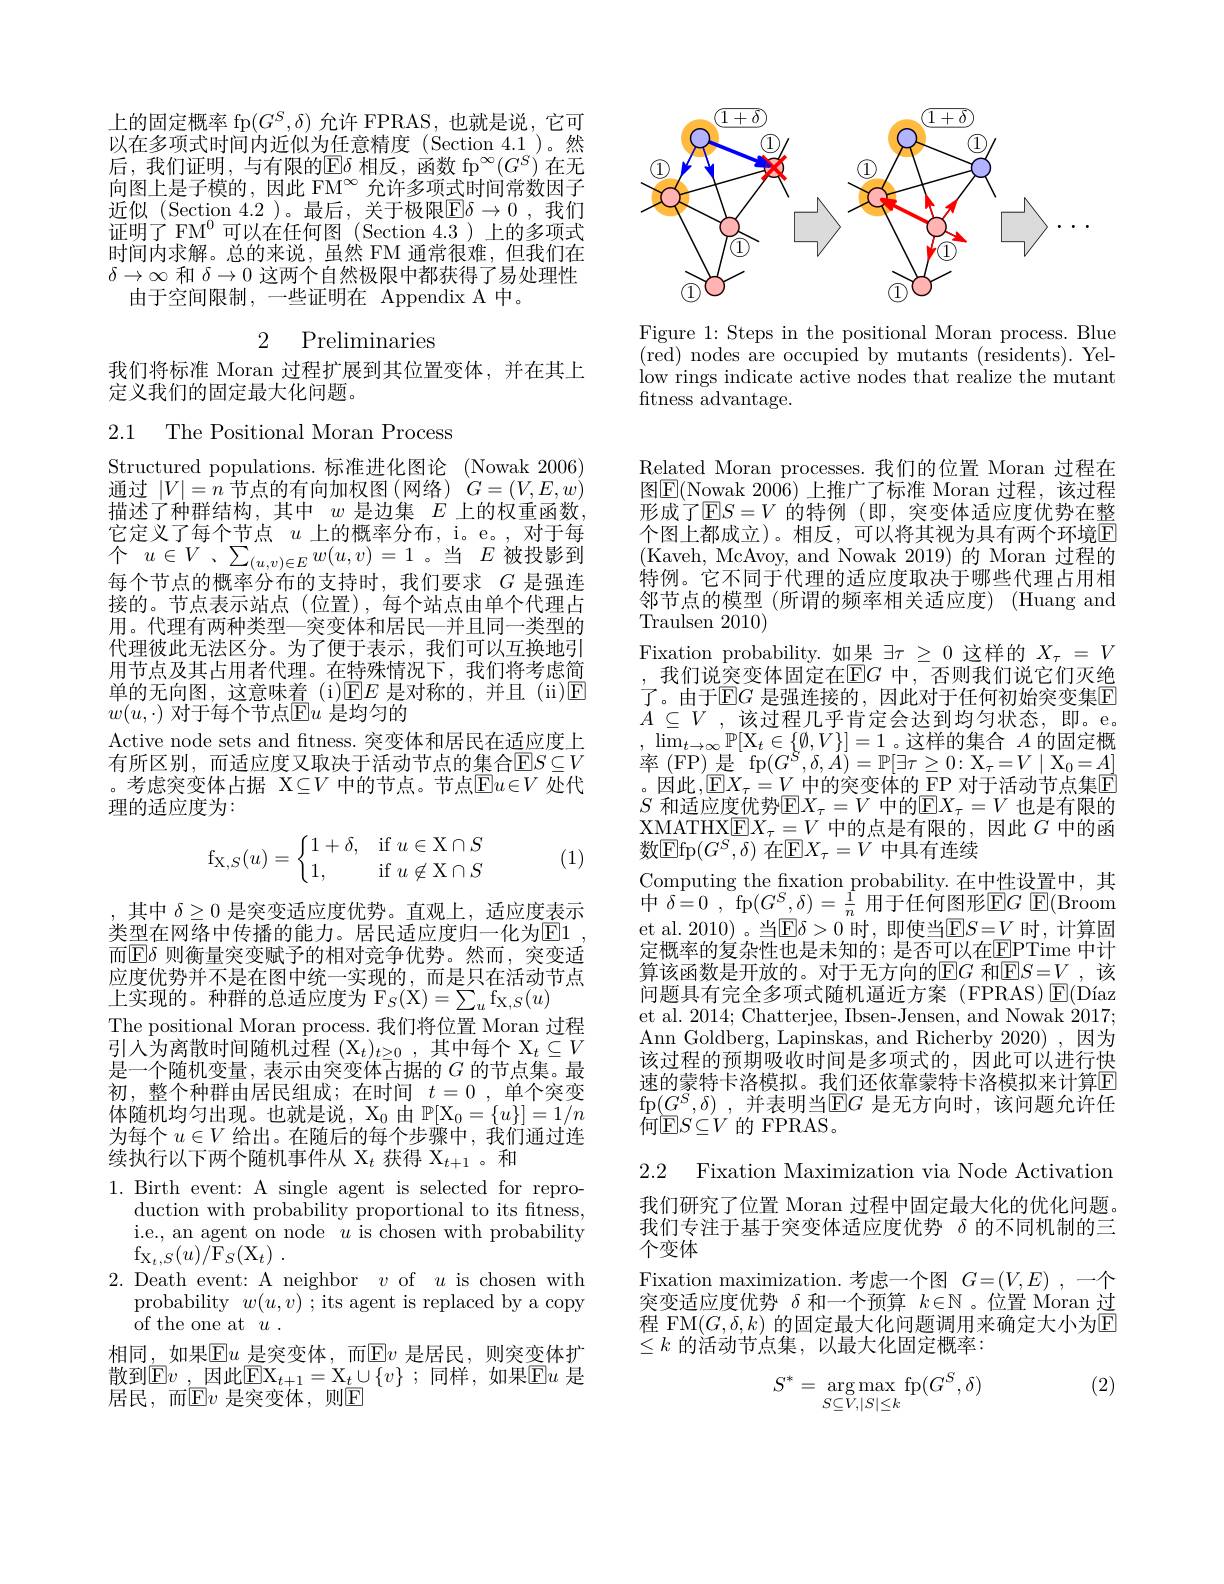
上的固定概率 fp$(G^S,\delta)$允许 FPRAS,也就是说，它可以在多项式时间内近似为任意精度(Section 4.1)。然后，我们证明，与有限的$\operatorname{E\delta}\text{相反，函数 fp}^\infty(G^S)$在无向图上是子模的，因此 FM$^{\infty}$允许多项式时间常数因子近似 (Section 4.2 )。最后，关于极限$\overline{\mathrm{E}}\delta\to0$ ,我们证明了 FM$^{0}$可以在任何图(Section 4.3)上的多项式时间内求解。总的来说，虽然 FM 通常很难，但我们在$\delta\to\infty$和$\delta\to0$这两个自然极限中都获得了易处理性
由于空间限制，一些证明在 Appendix A 中。

## 2 Preliminaries

我们将标准 Moran 过程扩展到其位置变体，并在其上
定义我们的固定最大化问题。

2.1 The Positional Moran Process

Structured populations.标准进化图论 (Nowak 2006) 通过$|V|=n$节点的有向加权图(网络)$G=(V,E,w)$ 描述了种群结构，其中$w$是边集$E$上的权重函数它定义了每个节点$u$上的概率分布，i。e。,对于每$\uparrow$ $u\in V$ , $\sum _{( u, v) \in E}w( u, v)$ = 1 $。当$ $E$被投影到每个节点的概率分布的支持时，我们要求$G$是强连接的。节点表示站点(位置),每个站点由单个代理占用。代理有两种类型—突变体和居民—并且同一类型的代理彼此无法区分。为了便于表示，我们可以互换地引用节点及其占用者代理。在特殊情况下，我们将考虑简单的无向图，这意味着(i)回$E$ 是对称的，并且(ii)$\mathbb{E}$ $w(u,\cdot)$ 对于每个节点$\overline\overline{\text{E}u\text{ 是均匀的}}$
Active node sets and fitness. 突变体和居民在适应度上有所区别，而适应度又取决于活动节点的集合$\overline{\mathrm{E}}S\subseteq V$ 。考虑突变体占据$\mathcal{X}\subseteq V$中的节点。节点$\overline\mathbb{E}u\in V$处代理的适应度为：
$$\mathrm{f}_{\mathrm{X},S}(u)=\left\{\begin{matrix}1+\delta,&\mathrm{if}\:u\in\mathrm{X}\cap S\\1,&\mathrm{if}\:u\not\in\mathrm{X}\cap S\end{matrix}\right.$$
(1)

其中$\delta\geq0$是突变适应度优势。直观上，适应度表示类型在网络中传播的能力。居民适应度归一化为$\overline{\mathrm{E}}1$ 而$\boxed{\mathbb{E}}\delta$ 则衡量突变赋予的相对竞争优势。然而，突变适应度优势并不是在图中统一实现的，而是只在活动节点上实现的。种群的总适应度为$\mathrm{F} _S($X$) = \sum _u\mathrm{f} _\mathrm{X} , S( u)$
The positional Moran process. 我们将位置 Moran 过程引入为离散时间随机过程$(\mathrm X_t)_{t\geq0}$,其中每个$\mathrm X_t\subseteq V$ 是一个随机变量，表示由突变体占据的$G$的节点集。最初，整个种群由居民组成；在时间 $t=0$,单个突变体随机均匀出现。也就是说，X$_0$由$\mathbb{P} [ \mathrm{X} _0= \{ u\} ] = 1/ n$ 为每个$u\in V$给出。在随后的每个步骤中，我们通过连续执行以下两个随机事件从$\mathcal{X}_t$获得$\mathcal{X}_t+1$ 。和
1. Birth event: A single agent is selected for repro-
duction with probability proportional to its fitness, i.e., an agent on node $u$ is chosen with probability $\mathrm{f} _{\mathrm{X} _{t}, S}( u) / \mathrm{\tilde{F} } _{S}( \mathrm{X} _{t})$ .
2.Death event: A neighbor $v$ of $u$ is chosen with
probability $w(u,v)$ ; its agent is replaced by a copy
${\mathrm{~of~the~one~at~}}{\dot{u}}.$
相同，如果$\boxed{\mathrm{E}}u$ 是突变体，而$\boxed{\mathrm{E}}v$ 是居民，则突变体扩散到$\mathbb{E}v$ ,因此$\mathbb{E}\mathbb{X}_t+1=\mathbb{X}_t\cup\{v\}$ ;同样 ,如果$\mathbb{E}u$ 是居民，而$\mathbb{F}|v$ 是突变体，则F

<FigureHere>

Figure 1: Steps in the positional Moran process. Blue ( red) nodes are occupied by mutants ( residents) . Yel- low rings indicate active nodes that realize the mutant ftness advantage.

Related Moran processes.我们的位置 Moran 过程在图$\boxed{\mathrm{E}}($Nowak 2006)上推广了标准 Moran 过程，该过程形成了$\operatorname{E}S=V$ 的特例 (即，突变体适应度优势在整个图上都成立)。相反，可以将其视为具有两个环境$\overline{\mathrm{E}}$ (Kaveh, McAvoy, and Nowak 2019) 的 Moran 过程的特例。它不同于代理的适应度取决于哪些代理占用相邻节点的模型 (所谓的频率相关适应度) (Huang and ${\mathrm{Traulsen~2010}}$
Fixation probability.如果$\exists\tau\geq0$这样的$X_\tau=V$ ,我们说突变体固定在E$G$ 中，否则我们说它们灭绝了。由于$\mathbb{E}G$ 是强连接的，因此对于任何初始突变集$\mathbb{E}$ $A\subseteq V$ ,该过程几乎肯定会达到均匀状态，即。e。$, \operatorname* { lim} _{t\to \infty }\mathbb{P} [ \mathrm{X} _{t}\in \{ \emptyset , V\} ] = 1$。这样的集合$A$的固定概$率\left(\mathrm{FP}\right)是$fp$( G^{S}, \delta , \tilde{A} ) = \mathbb{P} [ \exists \tau \geq 0: \mathrm{X} _{\tau }= V\mid \mathrm{X} _{0}= A]$ 。因此，E$X_\tau=V$ 中的突变体的 FP 对于活动节点集$\widehat{\mathbb{E}}$ $S$ 和适应度优势$\mathbb{E}X_\tau=V$ 中的$\mathbb{E}X_\tau=V$ 也是有限的XMATHX$\boxed{\mathrm{E}}X_\tau=V$中的点是有限的，因此$G$中的函数$\boxed{\mathrm{Ffp}}(G^S,\delta)$ 在$\mathbb{E}X_\tau=V$ 中具有连续
Computing the fxation probability.在中性设置中，其中 $\delta = 0$ , fp$( G^S, \delta ) = \frac 1n$ 用于任何图形$\mathbb{E}G$ E(Broom et al. 2010)。当$\boxed{\mathrm{E}}\delta>0$ 时，即使当$\boxed{\mathrm{E}}S=V$ 时，计算固定概率的复杂性也是未知的；是否可以在$\underline{\mathrm{EPTime~}}$中计算该函数是开放的。对于无方向的$\operatorname{E}G$ 和$\operatorname{E}S=V$,该问题具有完全多项式随机逼近方案(FPRAS)$\operatorname{E}($Díaz et al. 2014; Chatterjee, Ibsen-Jensen, and Nowak 2017; Ann Goldberg, Lapinskas, and Richerby 2020),因为该过程的预期吸收时间是多项式的，因此可以进行快速的蒙特卡洛模拟。我们还依靠蒙特卡洛模拟来计算E fp$( G^S, \delta )$ ,并表明当$\mathbb{E}G$ 是无方向时，该问题允许任何$\operatorname{E}S\subseteq V$ 的 FPRAS。

2.2 Fixation Maximization via Node Activation

我们研究了位置 Moran 过程中固定最大化的优化问题。我们专注于基于突变体适应度优势$\delta$的不同机制的三个变体

Fixation maximization.考虑一个图 $G= ( V, E)$ ,一个突变适应度优势$\delta$和一个预算$k\in\mathbb{N}$ 。位置 Moran 过程 FM$(G,\delta,k)$ 的固定最大化问题调用来确定大小为$\mathbb{E}$ $\leq k$的活动节点集，以最大化固定概率：

(2)
$$S^*=\underset{S\subseteq V,|S|\leq k}{\arg\max}\mathop{\mathrm{fp}}(G^S,\delta)$$